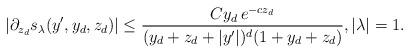
LaTeX: \begin{align*}|\partial_{z_d} s_\lambda(y',y_d,z_d)| \leq \frac{C y_d \, e^{-c z_d}}{(y_d + z_d + |y'|)^d (1+y_d + z_d)},|\lambda|=1.\end{align*}